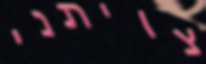
צויתני